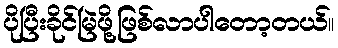
ပိုပြီးခိုင်မြဲဖို့ဖြစ်လာပါတော့တယ်။